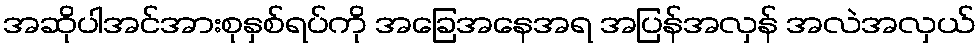
အဆိုပါအင်အားစုနှစ်ရပ်ကို အခြေအနေအရ အပြန်အလှန် အလဲအလှယ်